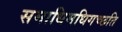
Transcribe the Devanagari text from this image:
समाधिमधिगच्छति